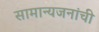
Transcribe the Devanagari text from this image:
सामान्यजनांची